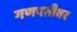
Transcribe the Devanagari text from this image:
गणपतीवर